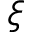
\xi